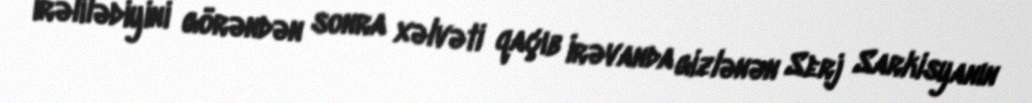
irəlilədiyini görəndən sonra xəlvəti qaçıb İrəvanda gizlənən Serj Sarkisyanın